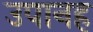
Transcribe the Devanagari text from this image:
उपानह